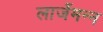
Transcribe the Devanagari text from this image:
लार्जेमन्न